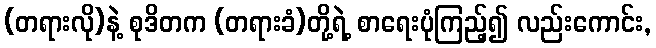
(တရားလို)နဲ့ စုဒိတက (တရားခံ)တို့ရဲ့ စာရေးပုံကြည့်၍ လည်းကောင်း,